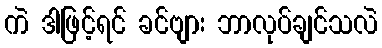
ကဲ ဒါဖြင့်ရင် ခင်ဗျား ဘာလုပ်ချင်သလဲ